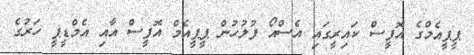
ޕީޕީއެމްގެ އޮފީސް ކައިރީގައި އެސްއޯ ފުލުހުން ޕީޕީއެމް އޮފީސް އާއި އެމްޑީޕީ ހަރުގެ